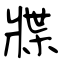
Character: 牃